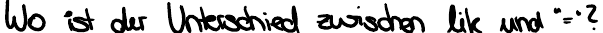
Wo ist der Unterschied zwischen like und "="?